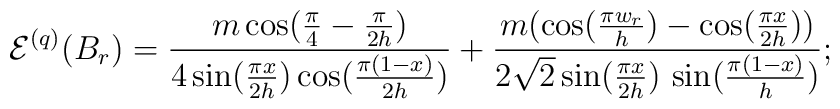
\mathcal{E}^{(q)}(B_{r})=\frac{m\cos (\frac{\pi }{4}-\frac{\pi }{2h})}{4\sin(\frac{\pi x}{2h})\cos (\frac{\pi (1-x)}{2h})}+\frac{m(\cos (\frac{\pi w_{r}}{h})-\cos (\frac{\pi x}{2h}))}{2\sqrt{2}\sin (\frac{\pi x}{2h})\,\sin (\frac{\pi (1-x)}{h})};